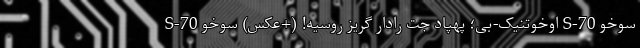
سوخو S-70 اوخوتنیک-بی؛ پهپاد جت رادار گریز روسیه! (+عکس) سوخو S-70